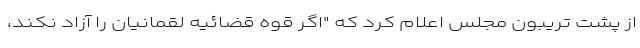
از پشت تریبون مجلس اعلام کرد که "اگر قوه قضائیه لقمانیان را آزاد نکند،